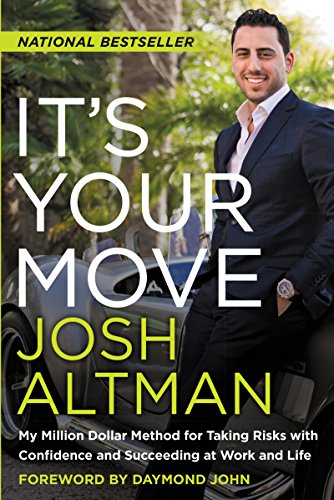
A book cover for It's Your Move: My Million Dollar Method for Taking Risks with Confidence and Succeeding at Work and Life; Josh Altman; Business & Money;